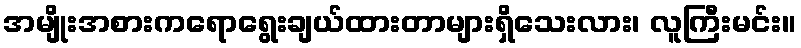
အမျိုးအစားကရောရွေးချယ်ထားတာများရှိသေးလား၊ လူကြီးမင်း။